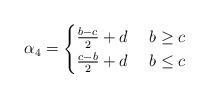
LaTeX: \begin{align*}\alpha_4=\begin{cases}\frac{b-c}{2}+d&~ b\geq c\\\frac{c-b}{2}+d&~ b\leq c\end{cases}\end{align*}